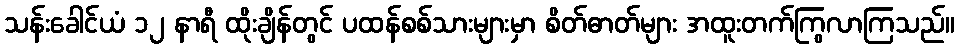
သန်းခေါင်ယံ ၁၂ နာရီ ထိုးချိန်တွင် ပထန်စစ်သားများမှာ စိတ်ဓာတ်များ အထူးတက်ကြွလာကြသည်။